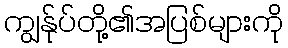
ကျွန်ုပ်တို့၏အပြစ်များကို